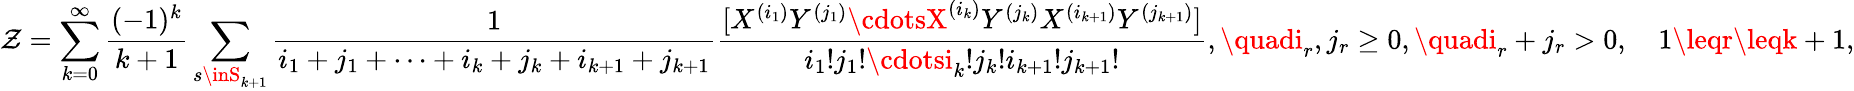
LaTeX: \mathcal{Z}=\sum_{k=0}^{\infty}{\frac{{(-1)^{k}}}{{k+1}}}\sum_{s\inS_{k+1}}{\frac{{1}}{{i_{1}+j_{1}+\cdots+i_{k}+j_{k}+i_{k+1}+j_{k+1}}}}{\frac{{[X^{(i_{1})}Y^{(j_{1})}\cdotsX^{(i_{k})}Y^{(j_{k})}X^{(i_{k+1})}Y^{(j_{k+1})}]}}{{i_{1}!j_{1}!\cdotsi_{k}!j_{k}!i_{k+1}!j_{k+1}!}}},\quadi_{r},j_{r}\geq0,\quadi_{r}+j_{r}>0,\quad1\leqr\leqk+1,